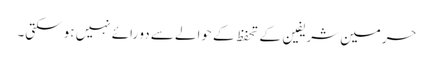
حرمین شریفین کے تحفظ کے حوالے سے دو رائے نہیں ہو سکتی۔